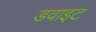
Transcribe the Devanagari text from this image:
डवाइट